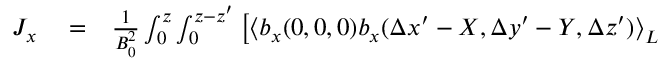
\begin{array} { r l r } { J _ { x } } & { { } = } & { \frac { 1 } { B _ { 0 } ^ { 2 } } \int _ { 0 } ^ { z } \int _ { 0 } ^ { z - z ^ { \prime } } \left[ \left\langle b _ { x } ( 0 , 0 , 0 ) b _ { x } ( \Delta x ^ { \prime } - X , \Delta y ^ { \prime } - Y , \Delta z ^ { \prime } ) \right\rangle _ { L } \right. } \end{array}